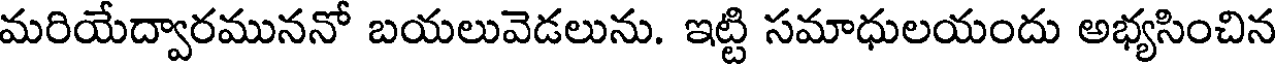
మరియేద్వారముననో బయలువెడలును. ఇట్టి సమాధులయందు అభ్యసించిన